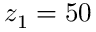
z _ { 1 } = 5 0